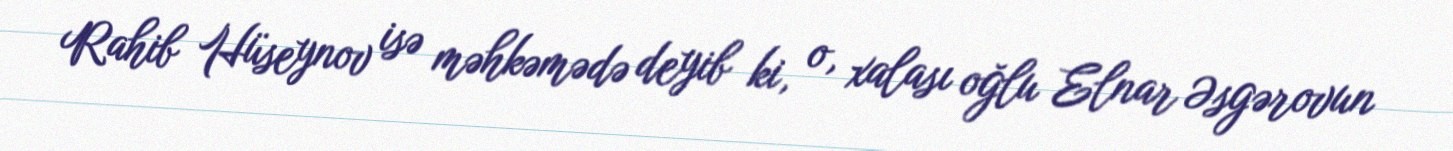
Rahib Hüseynov isə məhkəmədə deyib ki, o, xalası oğlu Elnar Əsgərovun